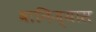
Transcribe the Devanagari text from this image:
वानिज्यास